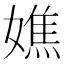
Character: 嫶